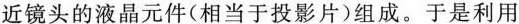
近镜头的液晶元件(相当于投影片)组成。于是利用